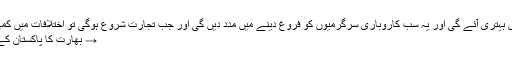
'سڑکیں بنیں گی، مواصلاتی ذرائع میں بہتری آئے گی اور یہ سب کاروباری سرگرمیوں کو فروغ دینے میں مدد دیں گی اور جب تجارت شروع ہوگی تو اختلافات میں کمی آئے گی اور دشمنیاں کم ہوں گی :-'
→ بھارت کا پاکستان کے خلاف سرحدی جارحیت کا اعتراف!